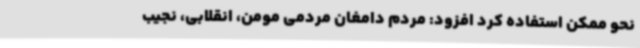
نحو ممکن استفاده کرد افزود: مردم دامغان مردمی مومن، انقلابی، نجیب